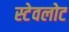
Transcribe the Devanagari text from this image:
स्टेवलोट